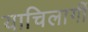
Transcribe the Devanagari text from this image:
याचिलागीं